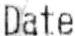
DATE